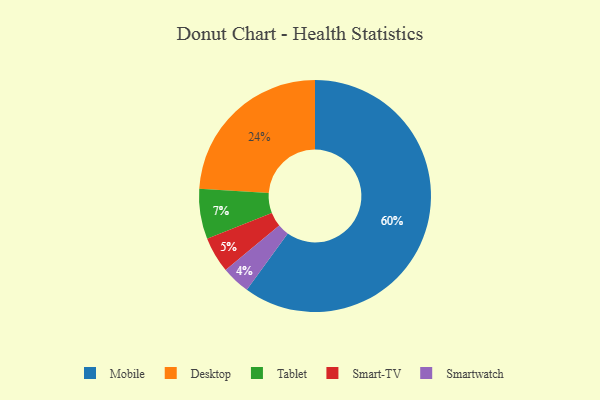
{"axis": {"x": "Category", "y": "Percentage"}, "legend": ["Desktop", "Mobile", "Smart-TV", "Smartwatch", "Tablet"], "data": [{"x": "Tablet", "y": 7, "type": "Tablet"}, {"x": "Desktop", "y": 24, "type": "Desktop"}, {"x": "Mobile", "y": 60, "type": "Mobile"}, {"x": "Smartwatch", "y": 4, "type": "Smartwatch"}, {"x": "Smart-TV", "y": 5, "type": "Smart-TV"}]}